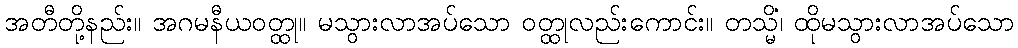
အတီတို့နည်း။ အဂမနီယဝတ္ထု။ မသွားလာအပ်သော ဝတ္ထုလည်းကောင်း။ တသ္မိံ၊ ထိုမသွားလာအပ်သော